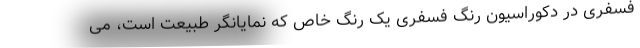
فسفری در دکوراسیون رنگ فسفری یک رنگ خاص که نمایانگر طبیعت است، می